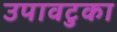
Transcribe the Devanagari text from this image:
उपावटुका